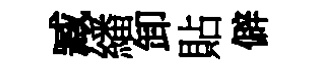
臧繙卸貼僻